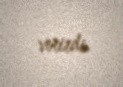
verirdi.